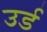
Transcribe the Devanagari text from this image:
उर्ड